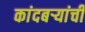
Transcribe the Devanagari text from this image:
कांदबर्‍यांची